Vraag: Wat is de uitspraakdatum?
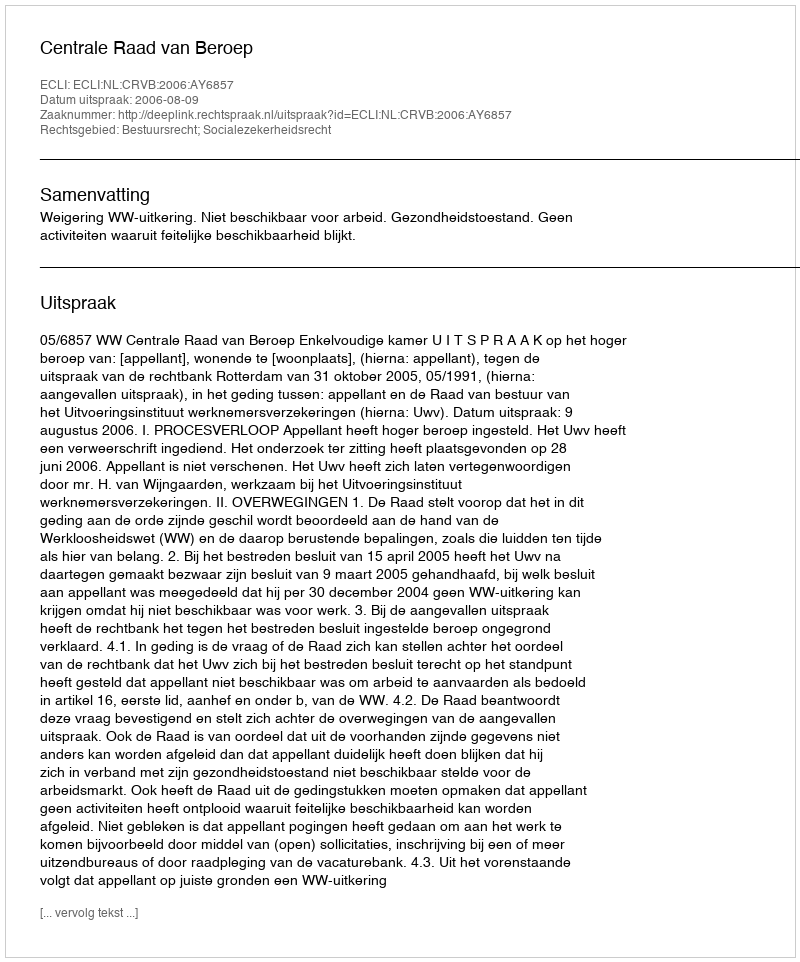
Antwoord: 2006-08-09